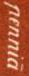
penniä